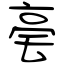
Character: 亳